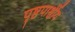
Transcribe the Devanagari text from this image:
पृष्ठपार्श्वीय